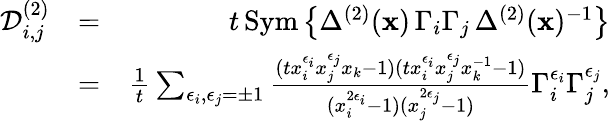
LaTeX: \begin{array}{rlr}{\mathcal D_{i,j}^{(2)}}&{=}&{t\, \mathrm{Sym}\left\{ \Delta^{(2)}(\mathbf x)\, \Gamma_{i}\Gamma_{j}\, \Delta^{(2)}(\mathbf x)^{-1}\right\} }\\ &{=}&{\frac{1}{t}\sum_{\epsilon_{i},\epsilon_{j}=\pm 1}\frac{(tx_{i}^{\epsilon_{i}}x_{j}^{\epsilon_{j}}x_{k}-1)(tx_{i}^{\epsilon_{i}}x_{j}^{\epsilon_{j}}x_{k}^{-1}-1)}{(x_{i}^{2\epsilon_{i}}-1)(x_{j}^{2\epsilon_{j}}-1)}\Gamma_{i}^{\epsilon_{i}}\Gamma_{j}^{\epsilon_{j}},}\end{array}